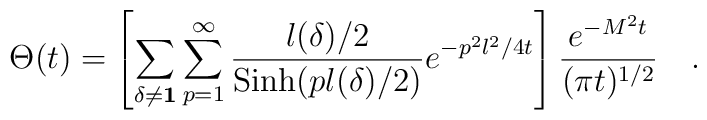
\Theta(t)= \left [ \sum_{\delta \neq {\bf 1}} \sum_{p=1}^{\infty}              {{l(\delta)/2}\over{{\rm Sinh} (pl(\delta)/2) }}               e^{- p^2 l^2/4t} \right ]                 {{e^{-M^2t }}\over{(\pi t)^{1/2} }} \quad .